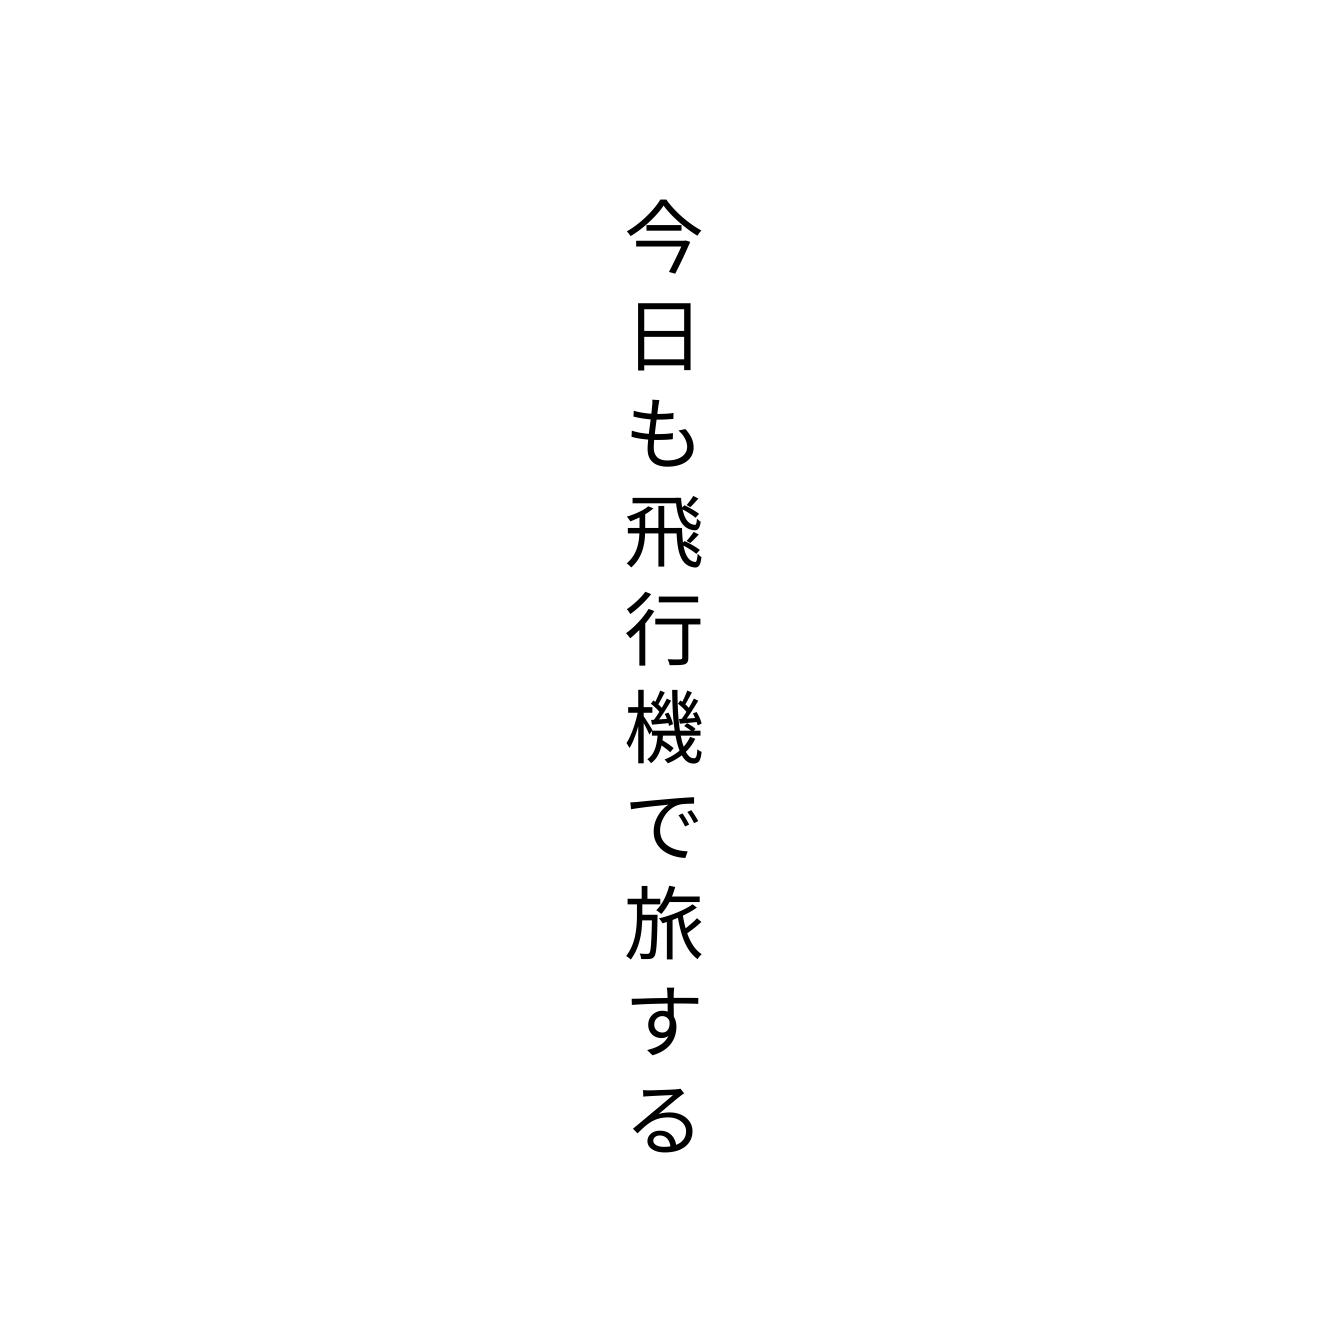
今日も飛行機で旅する